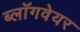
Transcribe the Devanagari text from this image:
ब्लॉगवेयर